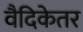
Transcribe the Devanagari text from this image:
वैदिकेतर